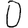
Digit: 0